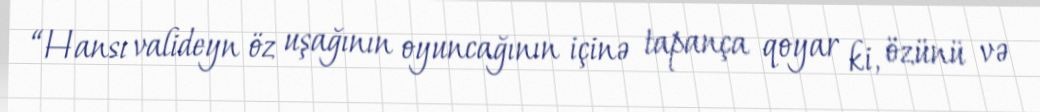
“Hansı valideyn öz uşağının oyuncağının içinə tapança qoyar ki, özünü və